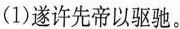
(1)遂许先帝以驱驰。